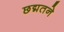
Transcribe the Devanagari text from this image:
छद्मतने